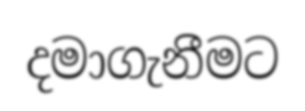
දමාගැනීමට